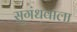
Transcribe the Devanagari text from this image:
सुगंधवाला